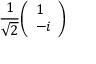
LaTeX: { \frac { 1 } { \sqrt { 2 } } } { \left( \begin{array} { l } { 1 } \\ { - i } \end{array} \right) }